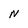
Character: N